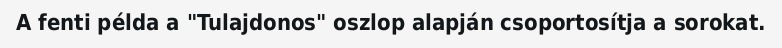
A fenti példa a "Tulajdonos" oszlop alapján csoportosítja a sorokat.